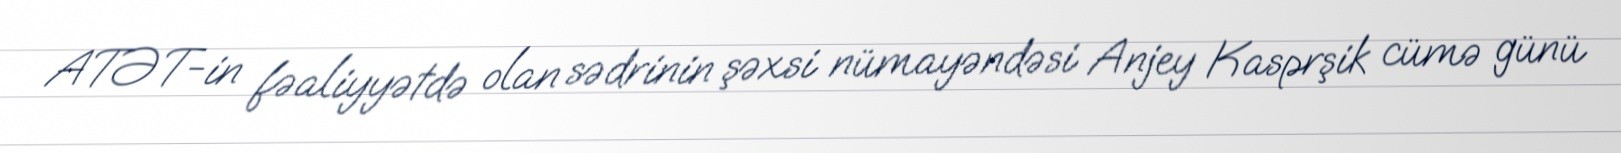
ATƏT-in fəaliyyətdə olan sədrinin şəxsi nümayəndəsi Anjey Kasprşik cümə günü